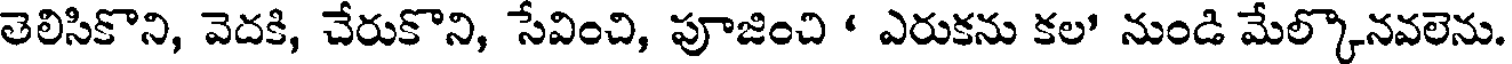
తెలిసికొని, వెదకి, చేరుకొని, సేవించి, పూజించి ' ఎరుకను కల' నుండి మేల్కొనవలెను.